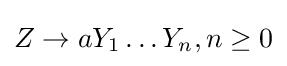
Z\rightarrow aY_{1}\ldots Y_{n},n\geq 0